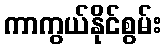
ကာကွယ်နိုင်စွမ်း